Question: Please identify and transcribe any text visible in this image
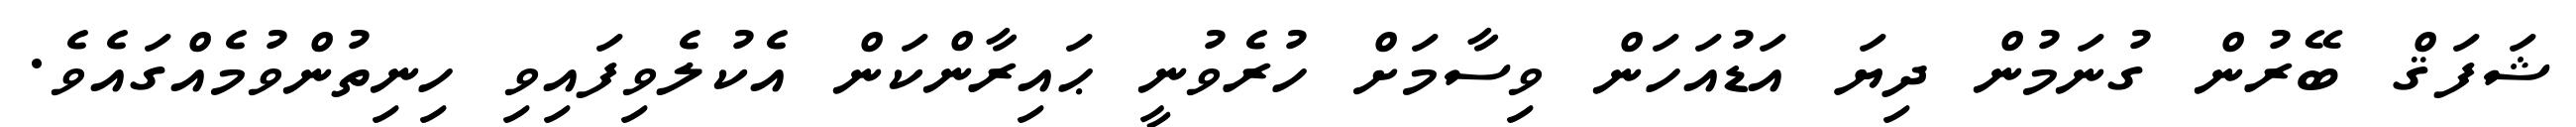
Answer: ޝަފަޤް ބޭރުން ގުނަމުން ދިޔަ އަޑުއަހަން ވިސާމަށް ހުރެވުނީ ޙައިރާންކަން އެކުލެވިފައިވި ހިނިތުންވުމެއްގައެވެ.